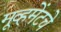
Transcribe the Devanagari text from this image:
मूव्हमेंटचे